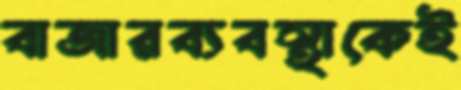
বাজারব্যবস্থাকেই